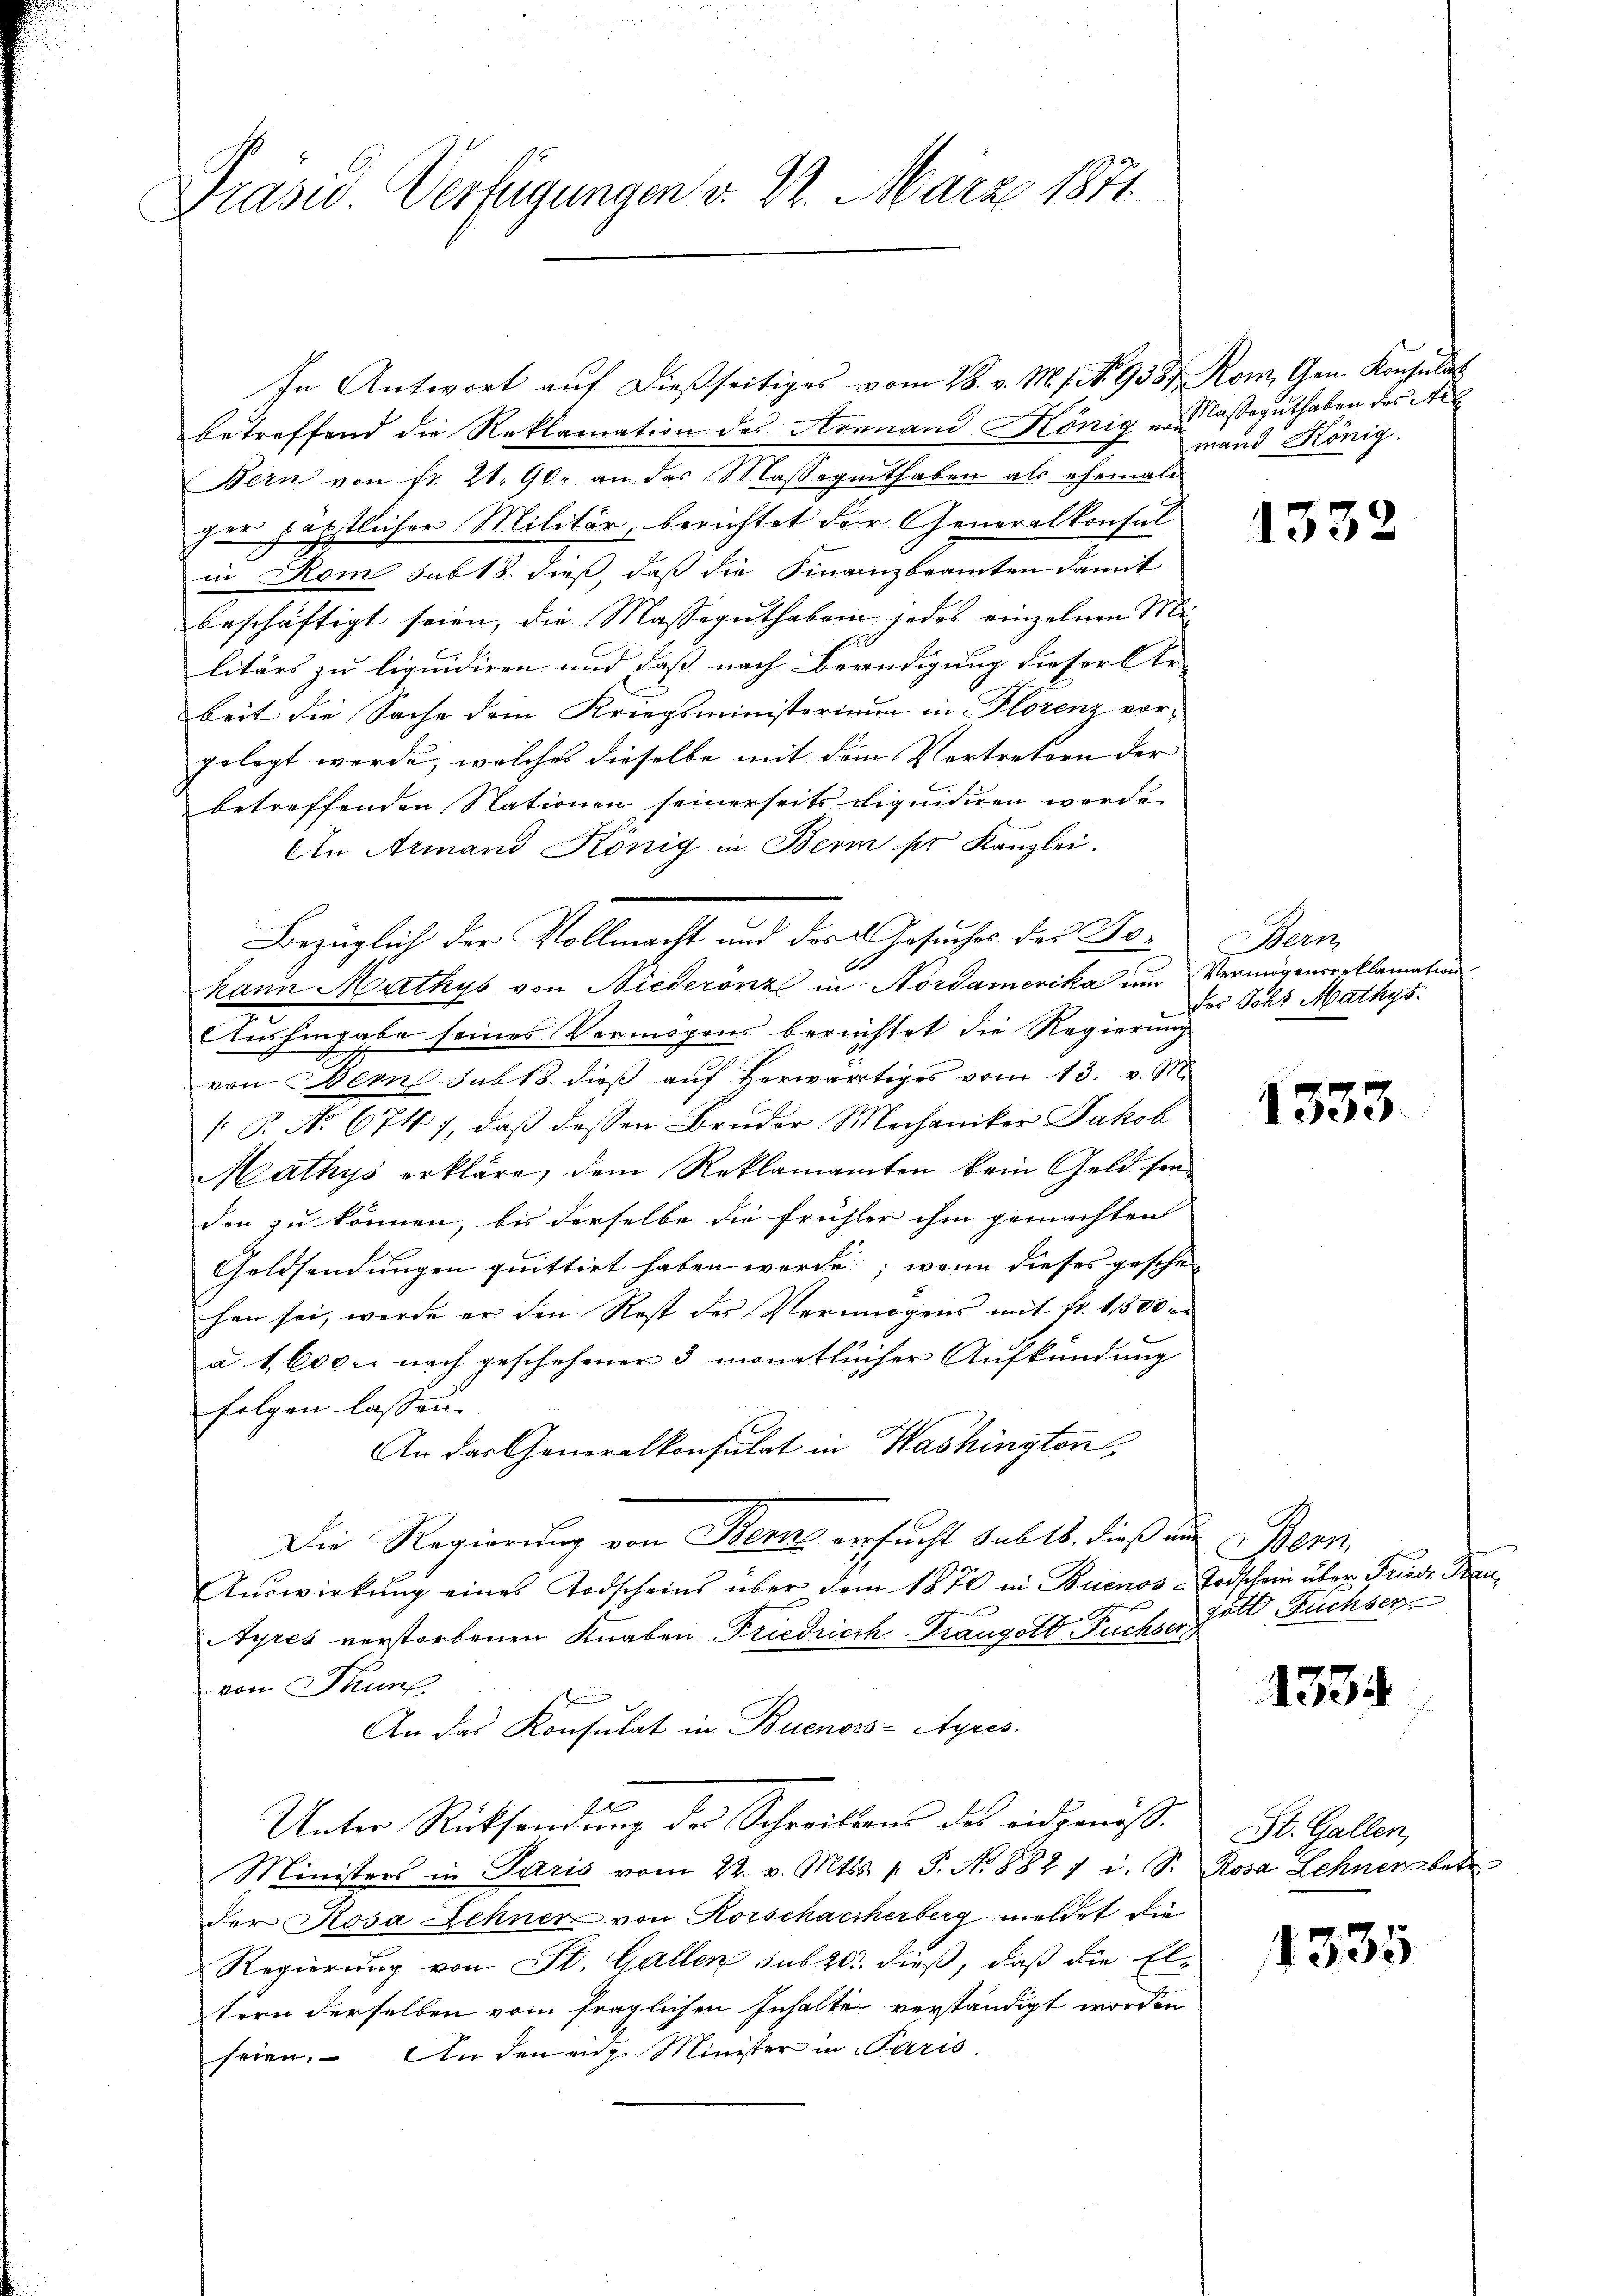
Präsid Verfügungen v. 22. März 1871.

In Antwort auf dießseitiges vom 28. v. M. 1. No. 9587 Rom. Gen. Konsulat
betreffend die Reklamation des Arenand König versaguthaben des Art
Bern von fr. 21. 90. an das Massegenthaben als ehemali
per päpstlicher Militär, berichtet der Generalkonsul
in Rom sub 18. dieß, daß die Finanzbeamten damit
beschäftigt seien, die Masseguthaben jedes einzelnen Mi-
litärs zu liquidiren und daß nach Beredigung dieser Ver-
beit die Sache dem Kriegsministorium in Florenz vor-
gelegt werde, welches dieselbe mit dem Vertretern der
betreffenden Nationen seinerseits diquidiren werde.
An Armand König in Bern ser Kanzlei.
A
kann Mathys von Niederenz in Nordamerika um
Aushingabe seines Vermögens berechtet die Regierung
von Bern sub 18. dieβ aŭf herwärtiges vom 13. v. M.
 P. No 6747, daß dessen Bruder Mechaniker Jakob
Mathys erkläre, dem Reklamanten kein Geld sei
den zu können, bis derselbe die Frühler ihm gemachten
Geldsendungen quittirt haben werde; wenn dieses geschehen sei, werde er den Rost des Vermögens mit fr. 1,500 e
a 1. Exc. nach geschehener 3 monatlicher Aufkündung
folgen lassen.
An das Generalkonsulat in Washington,
Die Regierung von Bern ersucht sub 15. dieß an Bern,
Aŭswirkŭng eines Todscheins über dem 1870 in Buenos-Todschein über Friede Frau
.
Ayres verstorbenen Knaben Friedrich-Frangold Fuchser,
von Thunf
An das Konsulat in Buenos-Ayres.
Unter Rücksendung des Schreibens des eidgenöß¬
Ministers in Paris vom 22. v. Mts. 1. P. No 8821 i. S.
der Rosa Zehner von Rorschacherberg meldet die
Regierung von St. Gallen sub 20. dieß, daß die El-
tern derselben vom fraglichen Inhalte verständigt worden
seien. An den eidg. Minister in Paris.

Bezüglich der Vollmacht und des Gesuches des Bo¬

mand König.

1332

Berm
Vermögensreklamation
des Johs Mathys.

1333

gott Fuchser

1334

St. Gallen,
Rosa Lehner betr

1335